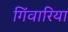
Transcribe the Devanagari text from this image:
गिंवारिया